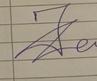
Signature authenticity: genuine